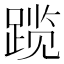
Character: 𬦾